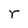
Character: r